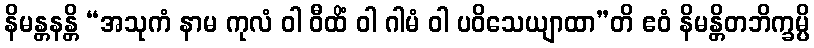
နိမန္တနန္တိ “အသုကံ နာမ ကုလံ ဝါ ဝီထိံ ဝါ ဂါမံ ဝါ ပဝိသေယျာထာ”တိ ဧဝံ နိမန္တိတဘိက္ခမ္ပိ